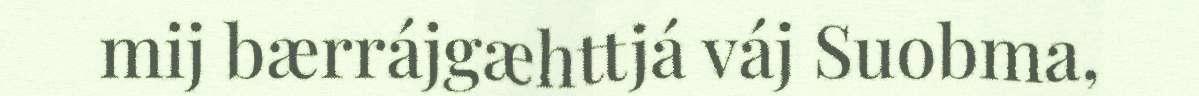
mij bærrájgæhttjá váj Suobma,